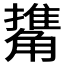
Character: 𧤹